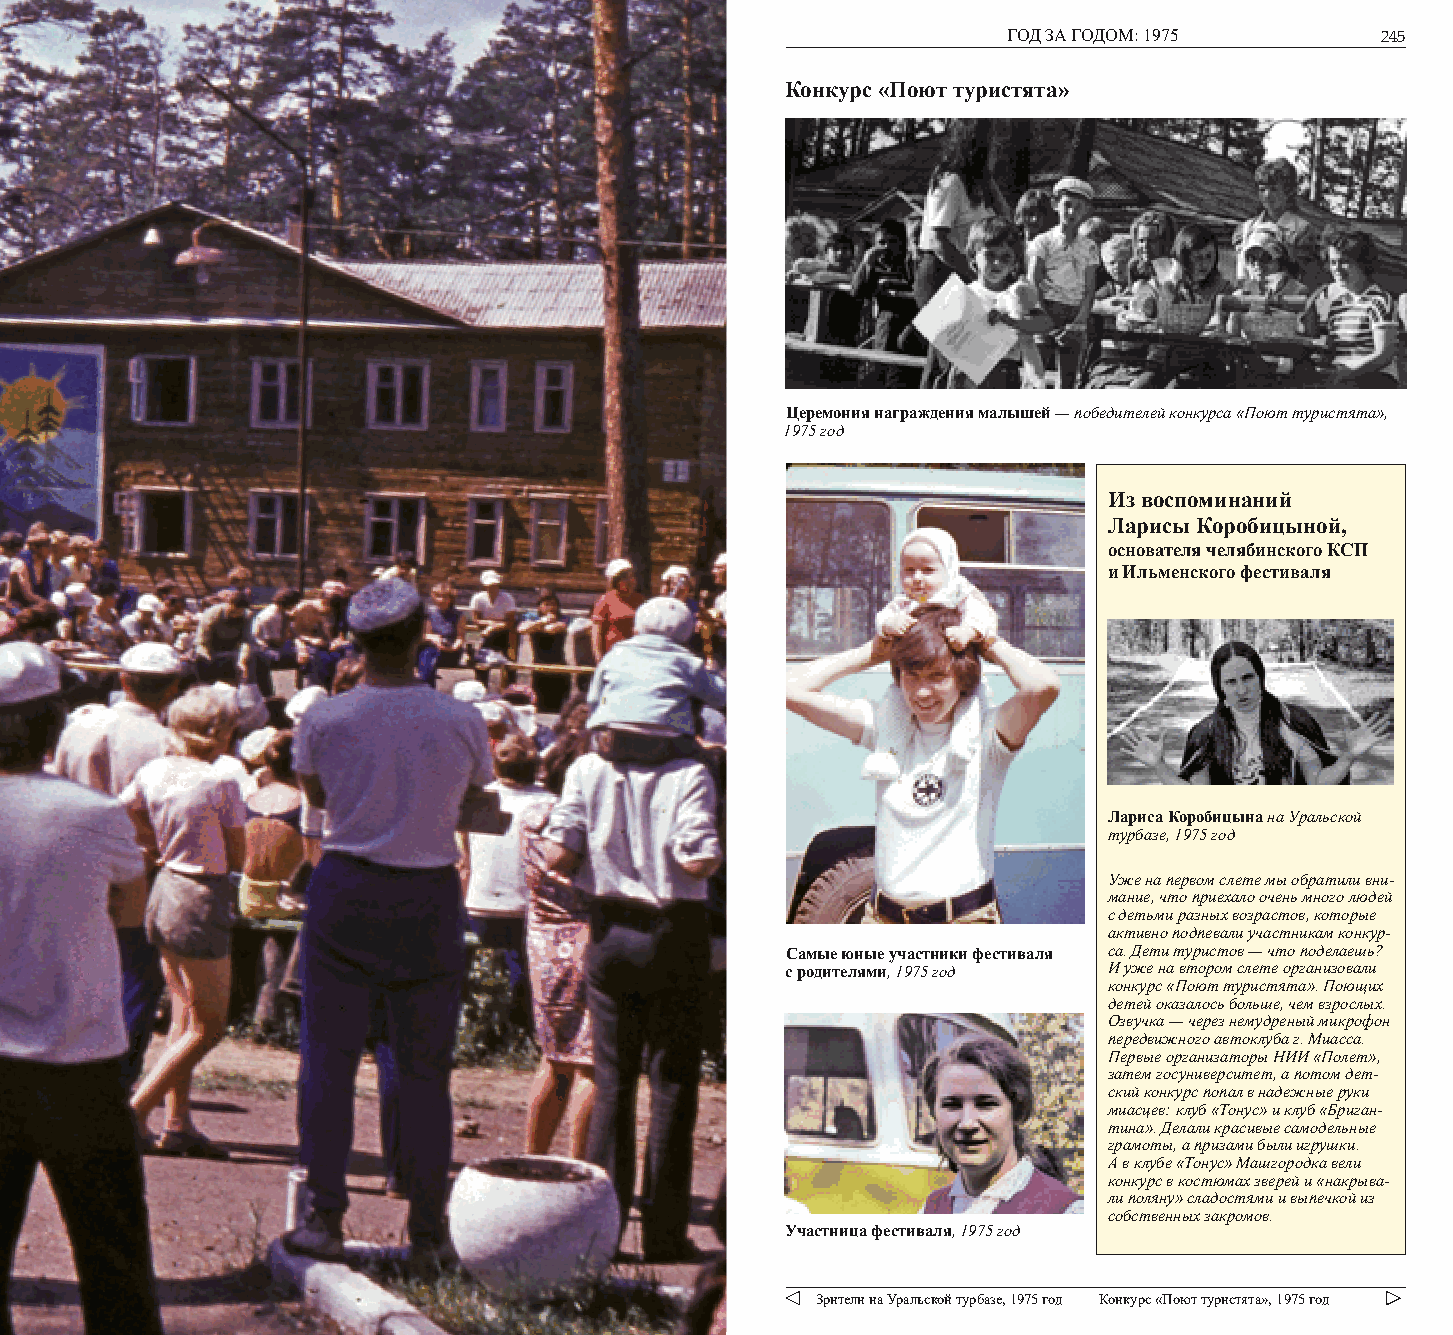
244          ИЛЬМЕНСКИЙ ФЕСТИВАЛЬ                               ГОД ЗА ГОДОМ: 1975      245
 Конкурс «Поют туристята»
 Церемония награждения малышей — победителей конкурса «Поют туристята»,
 1975 год
 Из воспоминаний
 Ларисы Коробицыной,
 основателя челябинского КСП
 и Ильменского фестиваля
 Лариса Коробицына на Уральской
 турбазе, 1975 год
 Уже на первом слете мы обратили вни-
 мание, что приехало очень много людей
 с детьми разных возрастов, которые
 активно подпевали участникам конкур-
 Самые юные участники фестиваля са. Дети туристов — что поделаешь?
 с родителями, 1975 год И уже на втором слете организовали
 конкурс «Поют туристята». Поющих
 детей оказалось больше, чем взрослых.
 Озвучка — через немудреный микрофон
 передвижного автоклуба г. Миасса.
 Первые организаторы НИИ «Полет»,
 затем госуниверситет, а потом дет-
 ский конкурс попал в надежные руки
 миасцев: клуб «Тонус» и клуб «Бриган-
 тина». Делали красивые самодельные
 грамоты, а призами были игрушки.
 А в клубе «Тонус» Машгородка вели
 конкурс в костюмах зверей и «накрыва-
 ли поляну» сладостями и выпечкой из
 собственных закромов.
 Участница фестиваля, 1975 год
 Зрители на Уральской турбазе, 1975 год Конкурс «Поют туристята», 1975 год